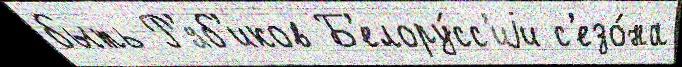
быть Р'яб'иков Б'елору́сс'иjи с'езо́на